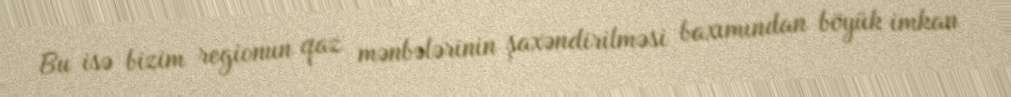
Bu isə bizim regionun qaz mənbələrinin şaxəndirilməsi baxımından böyük imkan